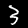
Label: 3